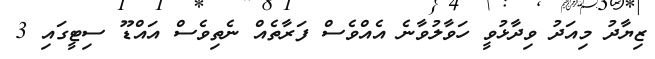
ޒިޔާދު މިއަދު ވިދާޅުވީ ހަވާލުވާނެ އެއްވެސް ފަރާތެއް ނެތިވެސް އައްޑޫ ސިޓީގައި 3